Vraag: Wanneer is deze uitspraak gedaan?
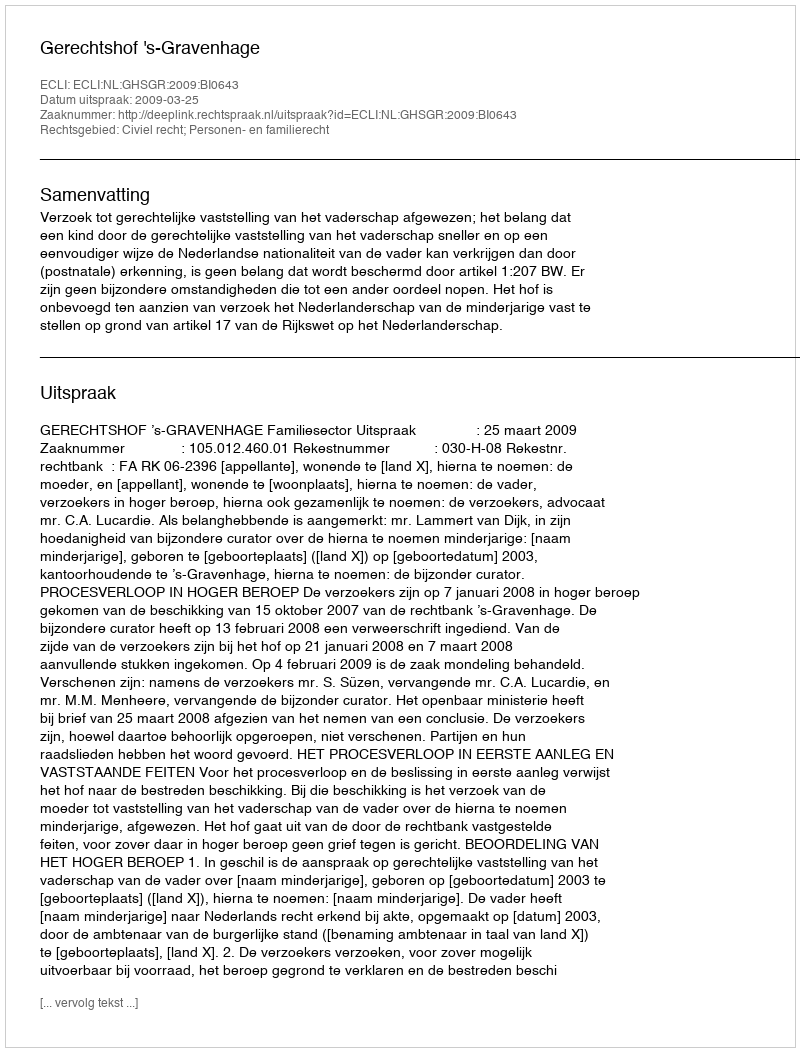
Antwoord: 2009-03-25